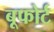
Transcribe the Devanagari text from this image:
बूफोर्ट